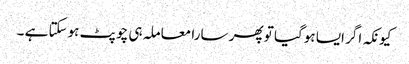
کیونکہ اگر ایسا ہوگیا تو پھر سارا معاملہ ہی چوپٹ ہوسکتا ہے ۔